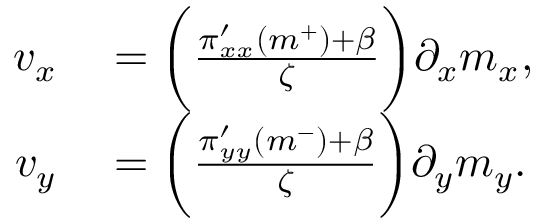
\begin{array} { r l } { v _ { x } } & { { } = \bigg ( \frac { \pi _ { x x } ^ { \prime } ( m ^ { + } ) + \beta } { \zeta } \bigg ) \partial _ { x } m _ { x } , } \\ { v _ { y } } & { { } = \bigg ( \frac { \pi _ { y y } ^ { \prime } ( m ^ { - } ) + \beta } { \zeta } \bigg ) \partial _ { y } m _ { y } . } \end{array}